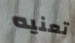
تعنيه